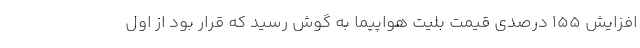
افزایش ۱۵۵ درصدی قیمت بلیت هواپیما به گوش رسید که قرار بود از اول